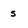
Character: s